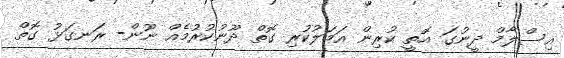
އިސްލާމް ދީނުގަ އޮތީ ކުރިން އަމަލުކުރި ގޮތް ދޫނުކުރުމެއް ނޫން- ރަނގަޅު ގޮތް